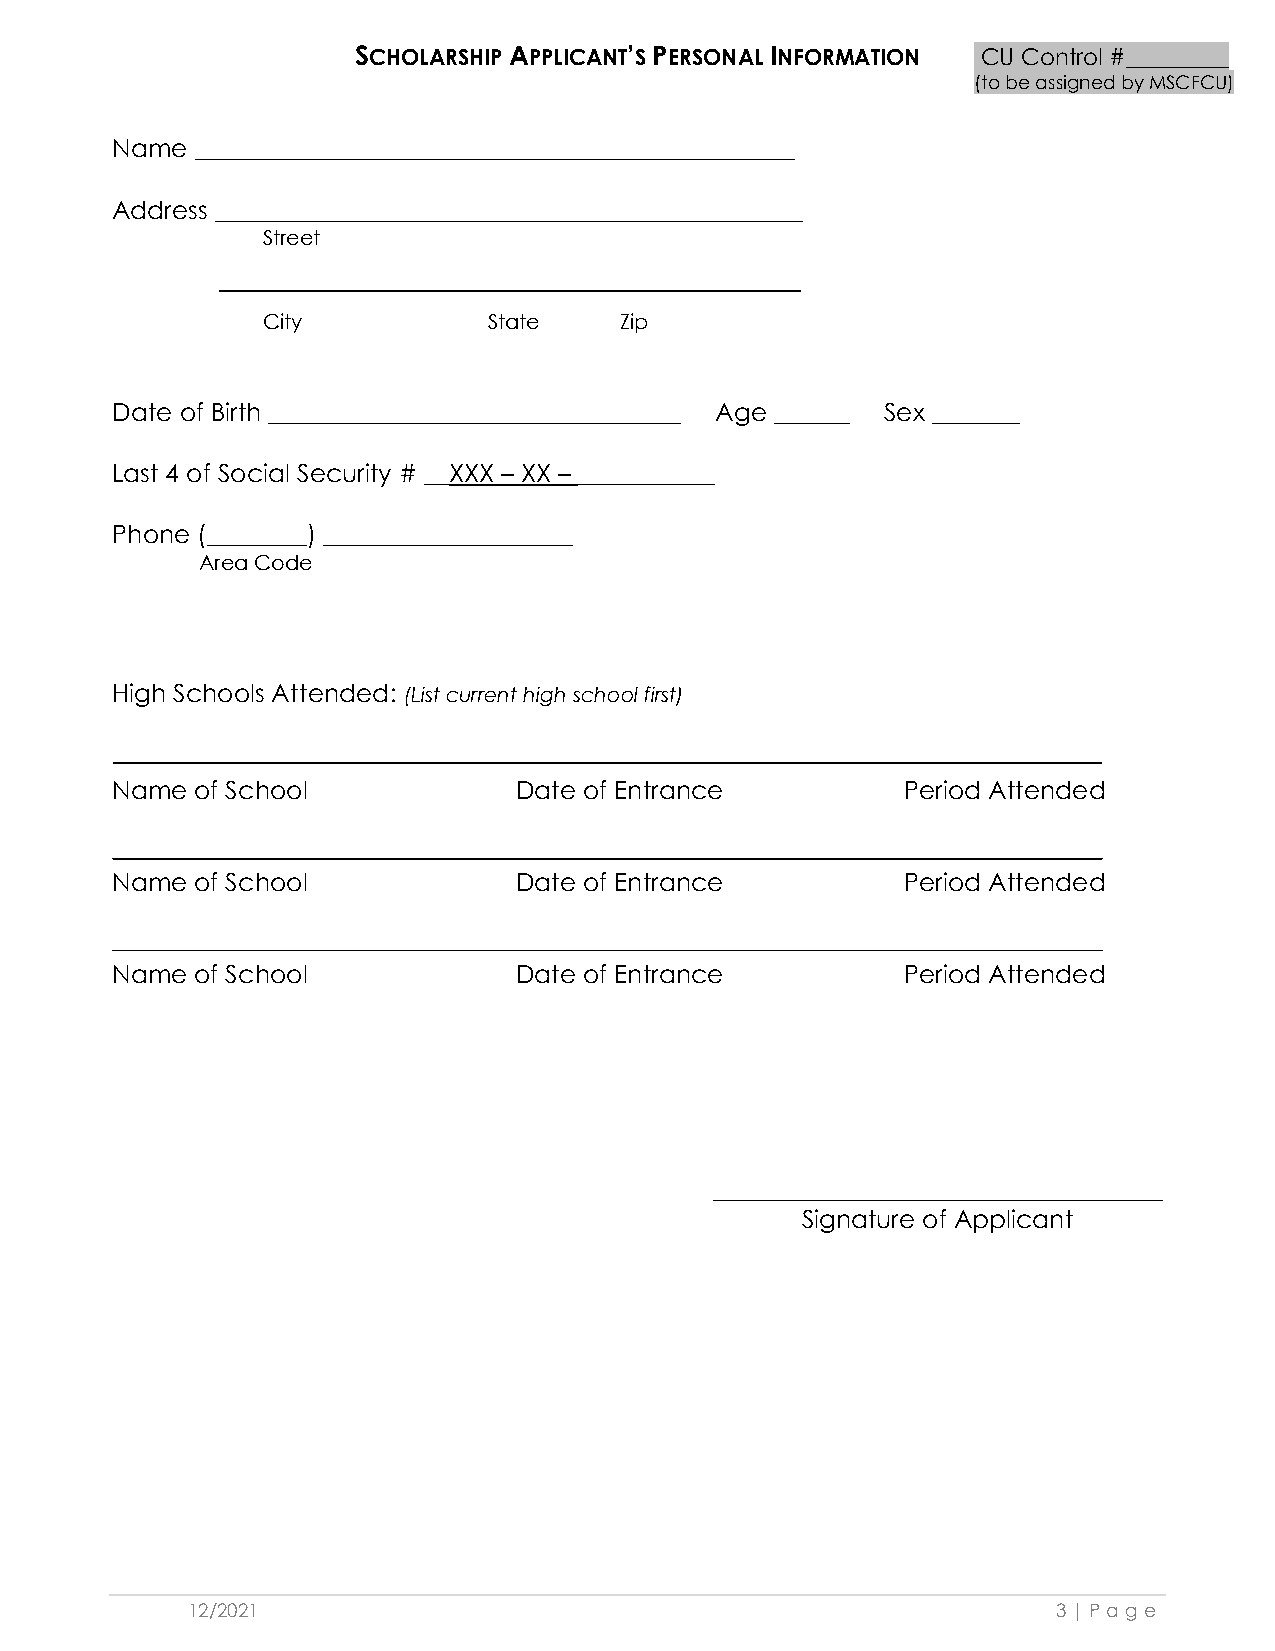
SCHOLARSHIP APPLICANT’S PERSONAL INFORMATION CU Control #_________
 (to be assigned by MSCFCU)
 Name  ________________________________________________
 Address _______________________________________________
 Street
 City           State    Zip
 Date of Birth _________________________________ Age ______ Sex _______
 Last 4 of Social Security # __XXX – XX – ___________
 Phone (________) ____________________
 Area Code
 High Schools Attended: (List current high school first)
 Name  of School            Date of Entrance          Period Attended
 Name  of School            Date of Entrance          Period Attended
 Name  of School            Date of Entrance          Period Attended
 ____________________________________
 Signature of Applicant
 12/2021                                                   3 | Pag e